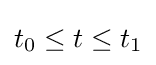
t_{0}\leq t\leq t_{1}